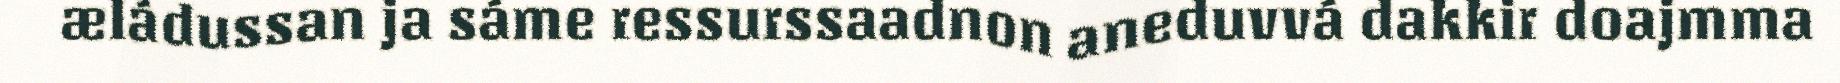
æládussan ja sáme ressurssaadnon aneduvvá dakkir doajmma